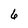
Character: 6